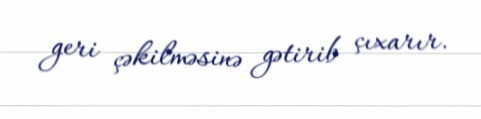
geri çəkilməsinə gətirib çıxarır.